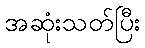
အဆုံးသတ်ပြီး